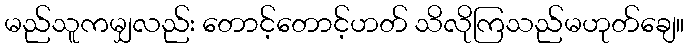
မည်သူကမျှလည်း တောင့်တောင့်ဟတ် သိလိုကြသည်မဟုတ်ချေ။